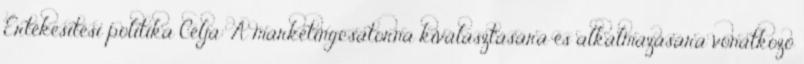
Értékesítési politika Célja: A marketingcsatorna kiválasztására és alkalmazására vonatkozó